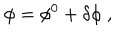
\phi = \phi ^ { 0 } + \delta \phi \; ,